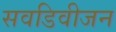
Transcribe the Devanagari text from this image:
सवडिवीजन